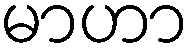
မာဟာ